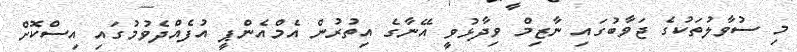
މި ސުވާލުތަކުގެ ޖަވާބުގައި ނާޒިމް ވިދާޅުވީ އޭނާގެ އިތުރުން އެމްއެންޕީ އުފެއްދެވުމުގައި އިސްކޮށް